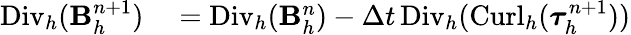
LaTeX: \begin{array}{rl}{{\mathrm{Div}_{h}}(\mathbf B_{h}^{n+1})}&{{}={\mathrm{Div}_{h}}(\mathbf B_{h}^{n})-\Delta t\, {\mathrm{Div}_{h}}({\mathrm{Curl}_{h}}(\boldsymbol{\tau}_{h}^{n+1}))}\end{array}